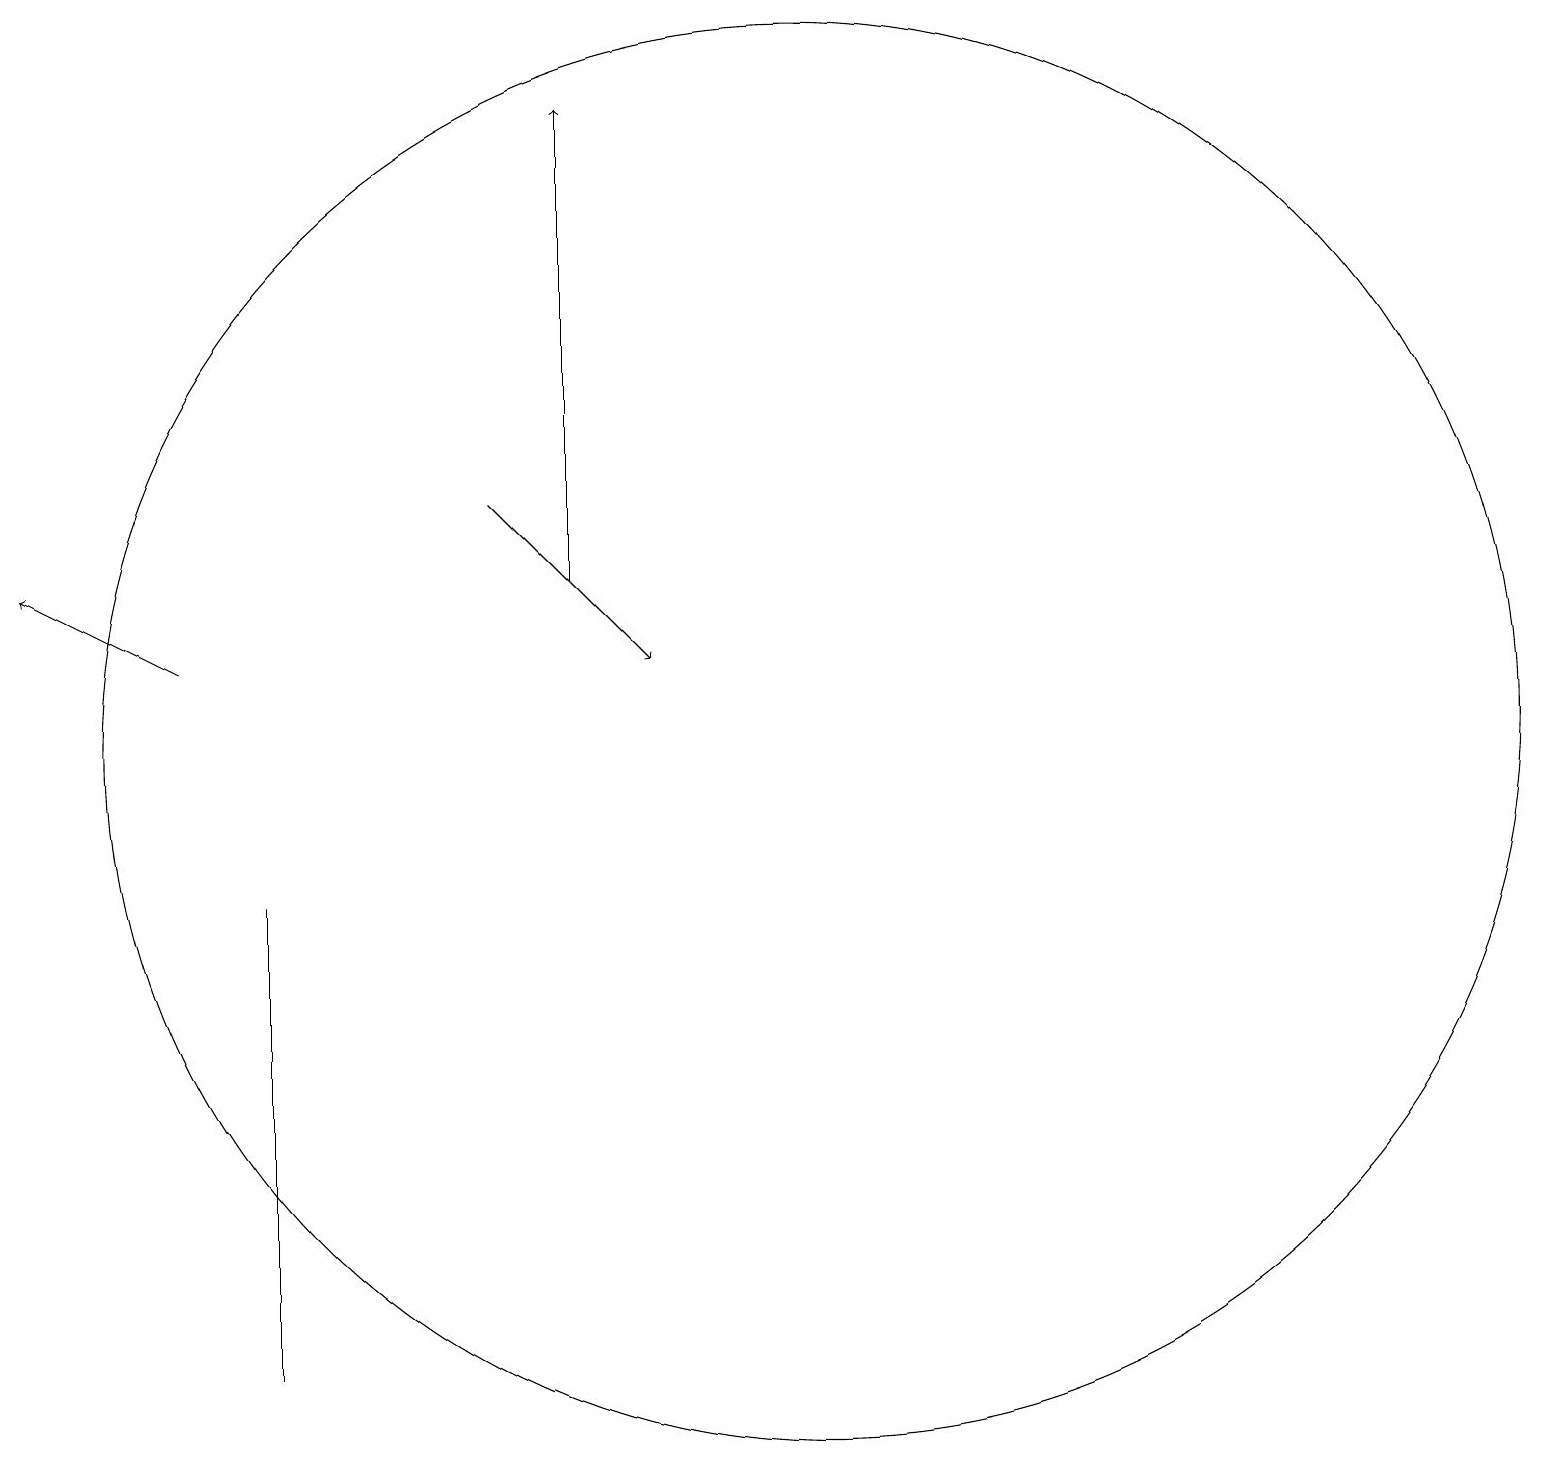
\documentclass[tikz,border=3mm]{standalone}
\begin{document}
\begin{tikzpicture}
\draw (3,8) -- (3,6) -- (3,2) -- cycle;
\draw[->] (7,12) -- (7,18);
\draw (10,10) circle (9);
\draw[->] (2,11) -- (0,12);
\draw[->] (6,13) -- (8,11);
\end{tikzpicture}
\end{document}